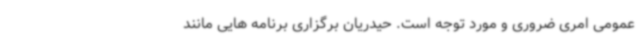
عمومی امری ضروری و مورد توجه است. حیدریان برگزاری برنامه هایی مانند